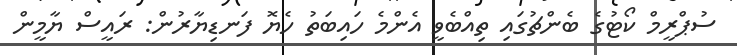
ސުޕްރީމް ކޯޓުގެ ބެންޗުގައި ތިއްބެވީ އެންމެ ހައިބަތު ހެޔޮ ފަނޑިޔާރުން: ރައީސް ޔާމީން